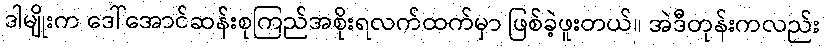
ဒါမျိုးက ဒေါ်အောင်ဆန်းစုကြည်အစိုးရလက်ထက်မှာ ဖြစ်ခဲ့ဖူးတယ်။ အဲဒီတုန်းကလည်း